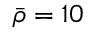
\bar { \rho } = 1 0